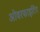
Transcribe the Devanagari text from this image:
ओवरफाइटिंग